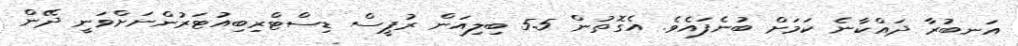
އަނބުރާ ދައްކާނެ ކަމަށް ބުނެފައެވެ. އެގޮތުން 5.5 ބިލިއަން ރުޕީސް ޑިސްޓްރިބިއުޓަރުންނަށްވަނީ ދޭން